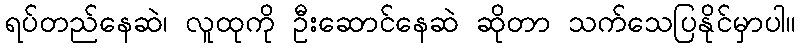
ရပ်တည်နေဆဲ၊ လူထုကို ဦးဆောင်နေဆဲ ဆိုတာ သက်သေပြနိုင်မှာပါ။